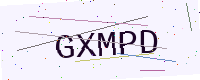
Text: GXMPD